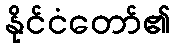
နိုင်ငံတော်၏